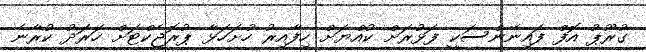
ގުރޫޕު އޮފް ފައިނޭންސަކީ ފަޅުރަށް ކުއްޔަށް ހިފާއިރު ހުށަހަޅާ ޕުރޮޖެކްޓަށް ހަރަދު ކުރާނެ